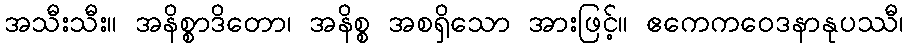
အသီးသီး။ အနိစ္စာဒိတော၊ အနိစ္စ အစရှိသော အားဖြင့်။ ဧကေကဝေဒနာနုပဿီ၊